Vaccination in Bombay 1874-1876 - 1874-1876
Year: 1874
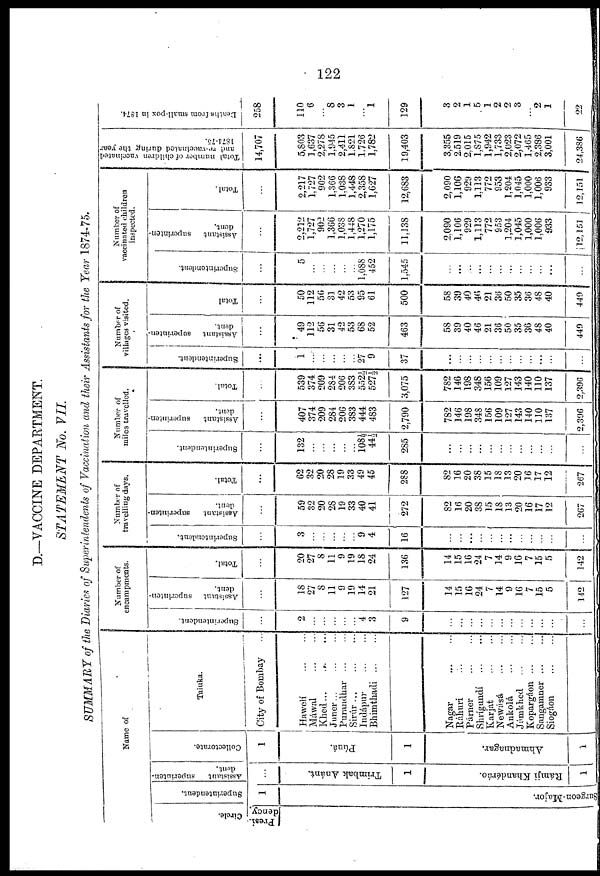
122
D.—VACCINE DEPARTMENT.
STATEMENT
No. VII.
SUMMARY of the Diaries of Superintendents of Vaccination and their Assistants for the Year 1874-75.
Name of
Circle.
Presi¬
dency.
Superintendent,
1
Surgeon-Major.
Assistant
superinten-
dent.
...
Trimbak Anánt.
1
Rámji Khandéráo.
1
Collectorate.
1
Púná.
1
Ahmadnagar.
1
Taluka.
City of Bombay...
Hawelí ... ...
Máwal
...
...
Khed... ... ...
Juner... ... ...
Purandhar ... ...
Sirúr
Indápur
Bhimthadi
Nagar
Ráhuri ...
Párner ... ...
Shrígundí
Karjat
Newásá
Ankolá
Jámkhed ... ...
Kopargáon
Sangamner ... ...
Siogáon
Number of
encampments.
Superintendent.
...
2
...
...
...
...
...
4
3
9
...
...
...
...
...
...
...
...
...
...
...
...
Assistant
superinten-
dent.
...
18
27
8
11
9
19
14
21
127
14
15
16
24
7
14
9
16
7
15
5
142
Total.
...
20
27
8
11
9
19
18
24
136
14
15
16
24
7
14
9
16
7
15
5
142
Number of
travelling days.
Superintendent.
...
3
...
...
...
...
...
9
4
16
...
...
...
...
...
...
...
...
...
...
...
...
Assistant
superinten-
dent.
...
59
32
20
28
19
33
40
41
272
82
16
20
38
15
18
13
20
16
17
12
267
Total.
...
62
32
20
28
19
33
49
45
288
82
16
20
38
15
18
13
20
16
17
12
267
Number of
miles travelled.
Superintendent.
...
132
...
...
...
...
...
108½
44½
285
...
...
...
...
...
...
...
...
...
...
...
...
Assistant
superinten-
dent.
...
407
374
209
284
206
383
444
483
2,790
782
146
198
348
156
109
127
143
140
110 137
2,396
Total.
...
539
374
209
284
206
383
552½
527½
3,075
782
146
198
348
156
109
127
143
140
110
137
2,396
Number of
villages visited.
Superintendent.
...
1
...
...
...
...
...
27
9
37
...
...
...
...
...
...
...
...
...
...
...
...
Assistant superinten-
dent.
...
49
112
56
31
42
53
68
52
463
58
39
40
46
21
36
50
35
36
48
40
449
Total
...
50
112
56
31
42
53
95
61
500
58
39
40
46
21
36
50
35
36
48
40
449
Number of
vaccinated children
inspected.
Superintendent.
...
5
...
...
...
...
...
1,088
452
1,545
...
...
...
...
...
...
...
...
...
...
...
...
Assistant
superinten-
dent.
...
2,212
1,727
902
1,366
1,038
1,448
1,270
1,175
11,138
2,090
1,106
929
1,113
772
953
1,204
1,045
1,000
1,006
933
12,151
Total.
...
2,217
1,727
902
1,366
1,038
1,448
2,358
1,627
12,683
2,090
1,106
929
1,113
772
953
1,204
1,045
1,000
1,006
933
12,151
Total number of children vaccinated
and re-vaccinated during the year
1874-75.
14,707
5,803
1,637
2,278
1,945
2,411
1,821
1,726
1,782
19,403
3,355
2,519
2,015
1,875
1,942
1,733
2,023
2,072
1,465
2,386
3,001
24,386
Deaths from small-pox in 1874.
258
110
6
...
8
3
1
...
1
129
3
2
1
5
1
2
2
3
...
2
1
22